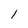
Character: l